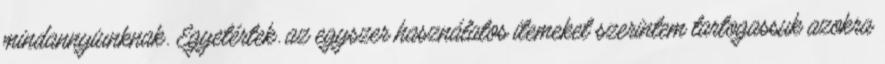
mindannyiunknak. Egyetértek. az egyszer használatos itemeket szerintem tartogassuk azokra